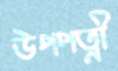
উপপত্নী